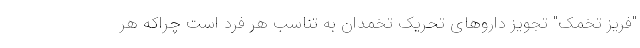
"فریز تخمک" تجویز داروهای تحریک تخمدان به تناسب هر فرد است چراکه هر